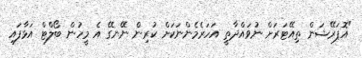
"އޮޕަރޭޝަން ތިއޭޓަރަށް ނުވައްދާތީ އަހަރެމެންނަކަށް ކުރިން ނޭނގޭ އެ މީހުން ބޯލްޓް އަޅާފައި